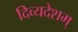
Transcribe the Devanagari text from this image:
दिव्यदेशम्